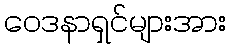
ဝေဒနာရှင်များအား